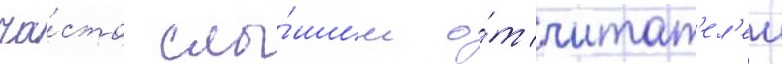
ча́сто слы́шим о́т читат'ел'еи